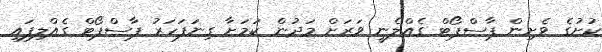
ކުށުގެ ވެށިން ޕާސްޕޯޓް ގެއްލެނީ ވަރަށް މަދުން ކަމަށާ ގިނަފަހަރު ޕާސްޕޯޓް ގެއްލިފައި